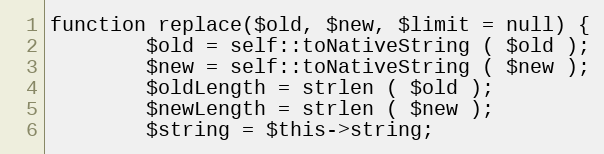
Language: PHP
function replace($old, $new, $limit = null) {
		$old = self::toNativeString ( $old );
		$new = self::toNativeString ( $new );
		$oldLength = strlen ( $old );
		$newLength = strlen ( $new );
		$string = $this->string;